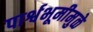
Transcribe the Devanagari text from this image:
पार्श्वभूमीमुळे